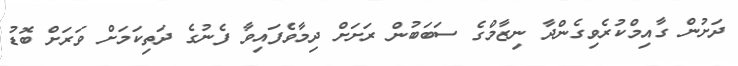
ދަށުން ގާއިމްކުރެވިގެންދާ ނިޒާމްގެ ސަބަބުން ރަށަށް ދިމާވެފައިވާ ފެނުގެ ދަތިކަމަށް ވަރަށް ބޮޑު